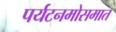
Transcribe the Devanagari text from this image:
पर्यटनमोसमात